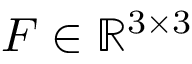
\boldsymbol { F } \in \mathbb { R } ^ { 3 \times 3 }